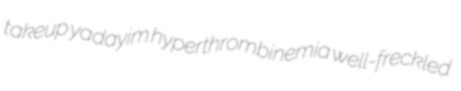
takeup yadayim hyperthrombinemia well-freckled